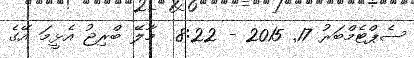
ސެޕްޓެމްބަރު 17